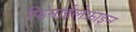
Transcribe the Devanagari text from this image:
फिनाईलेफ्राइन